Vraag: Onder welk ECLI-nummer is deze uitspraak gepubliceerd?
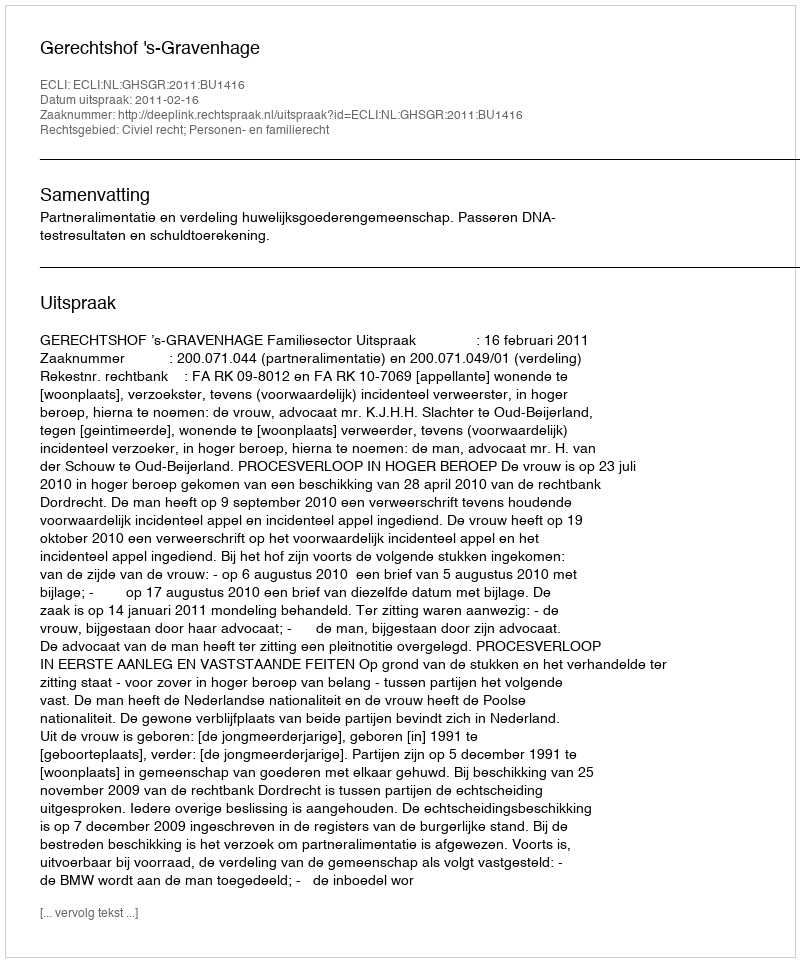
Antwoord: ECLI:NL:GHSGR:2011:BU1416